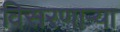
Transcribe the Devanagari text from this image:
विसरणाऱ्या